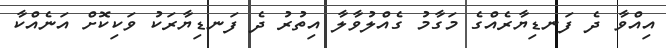
އިއްވާ ދެ ފަނޑިޔާރެއްގެ މަގާމު ގެއްލުވާލާ އިތުރު ދެ ފަނޑިޔާރަކު ވަކިކޮށް އަނެއްކާ